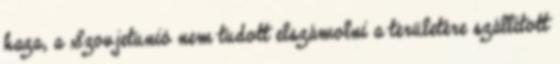
haza, a Szovjetunió nem tudott elszámolni a területére szállított